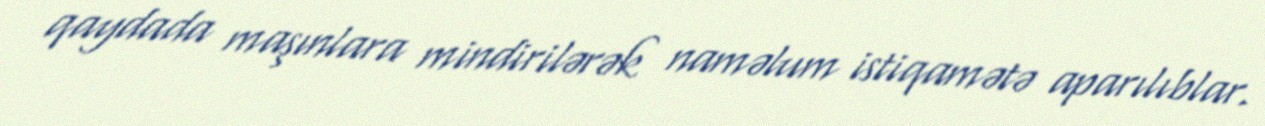
qaydada maşınlara mindirilərək naməlum istiqamətə aparılıblar.